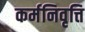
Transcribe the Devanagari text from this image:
कर्मनिवृत्ति